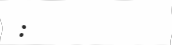
: